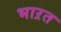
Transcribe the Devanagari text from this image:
भाऱत